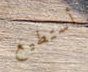
أستطيع